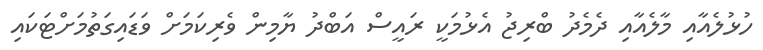
ހުޅުލެއާއި މާލެއާއި ދެމެދު ބްރިޖު އެޅުމަކީ ރައީސް އަބްދު ޔާމިން ވެރިކަމަށް ވަޑައިގަތުމަށްޓަކައި